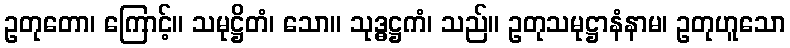
ဥတုတော၊ ကြောင့်။ သမုဋ္ဌိတံ၊ သော။ သုဒ္ဓဋ္ဌကံ၊ သည်။ ဥတုသမုဋ္ဌာနံနာမ၊ ဥတုဟူသော